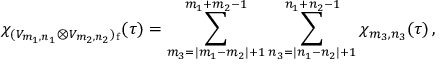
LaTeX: \chi _ { ( { \cal V } _ { m _ { 1 } , n _ { 1 } } \otimes { \cal V } _ { m _ { 2 } , n _ { 2 } } ) _ { \mathrm f } } ( \tau ) = \sum _ { m _ { 3 } = | m _ { 1 } - m _ { 2 } | + 1 } ^ { m _ { 1 } + m _ { 2 } - 1 } \sum _ { n _ { 3 } = | n _ { 1 } - n _ { 2 } | + 1 } ^ { n _ { 1 } + n _ { 2 } - 1 } \chi _ { m _ { 3 } , n _ { 3 } } ( \tau ) \, ,